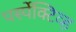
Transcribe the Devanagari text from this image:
पर्स्पेक्टिव्ह